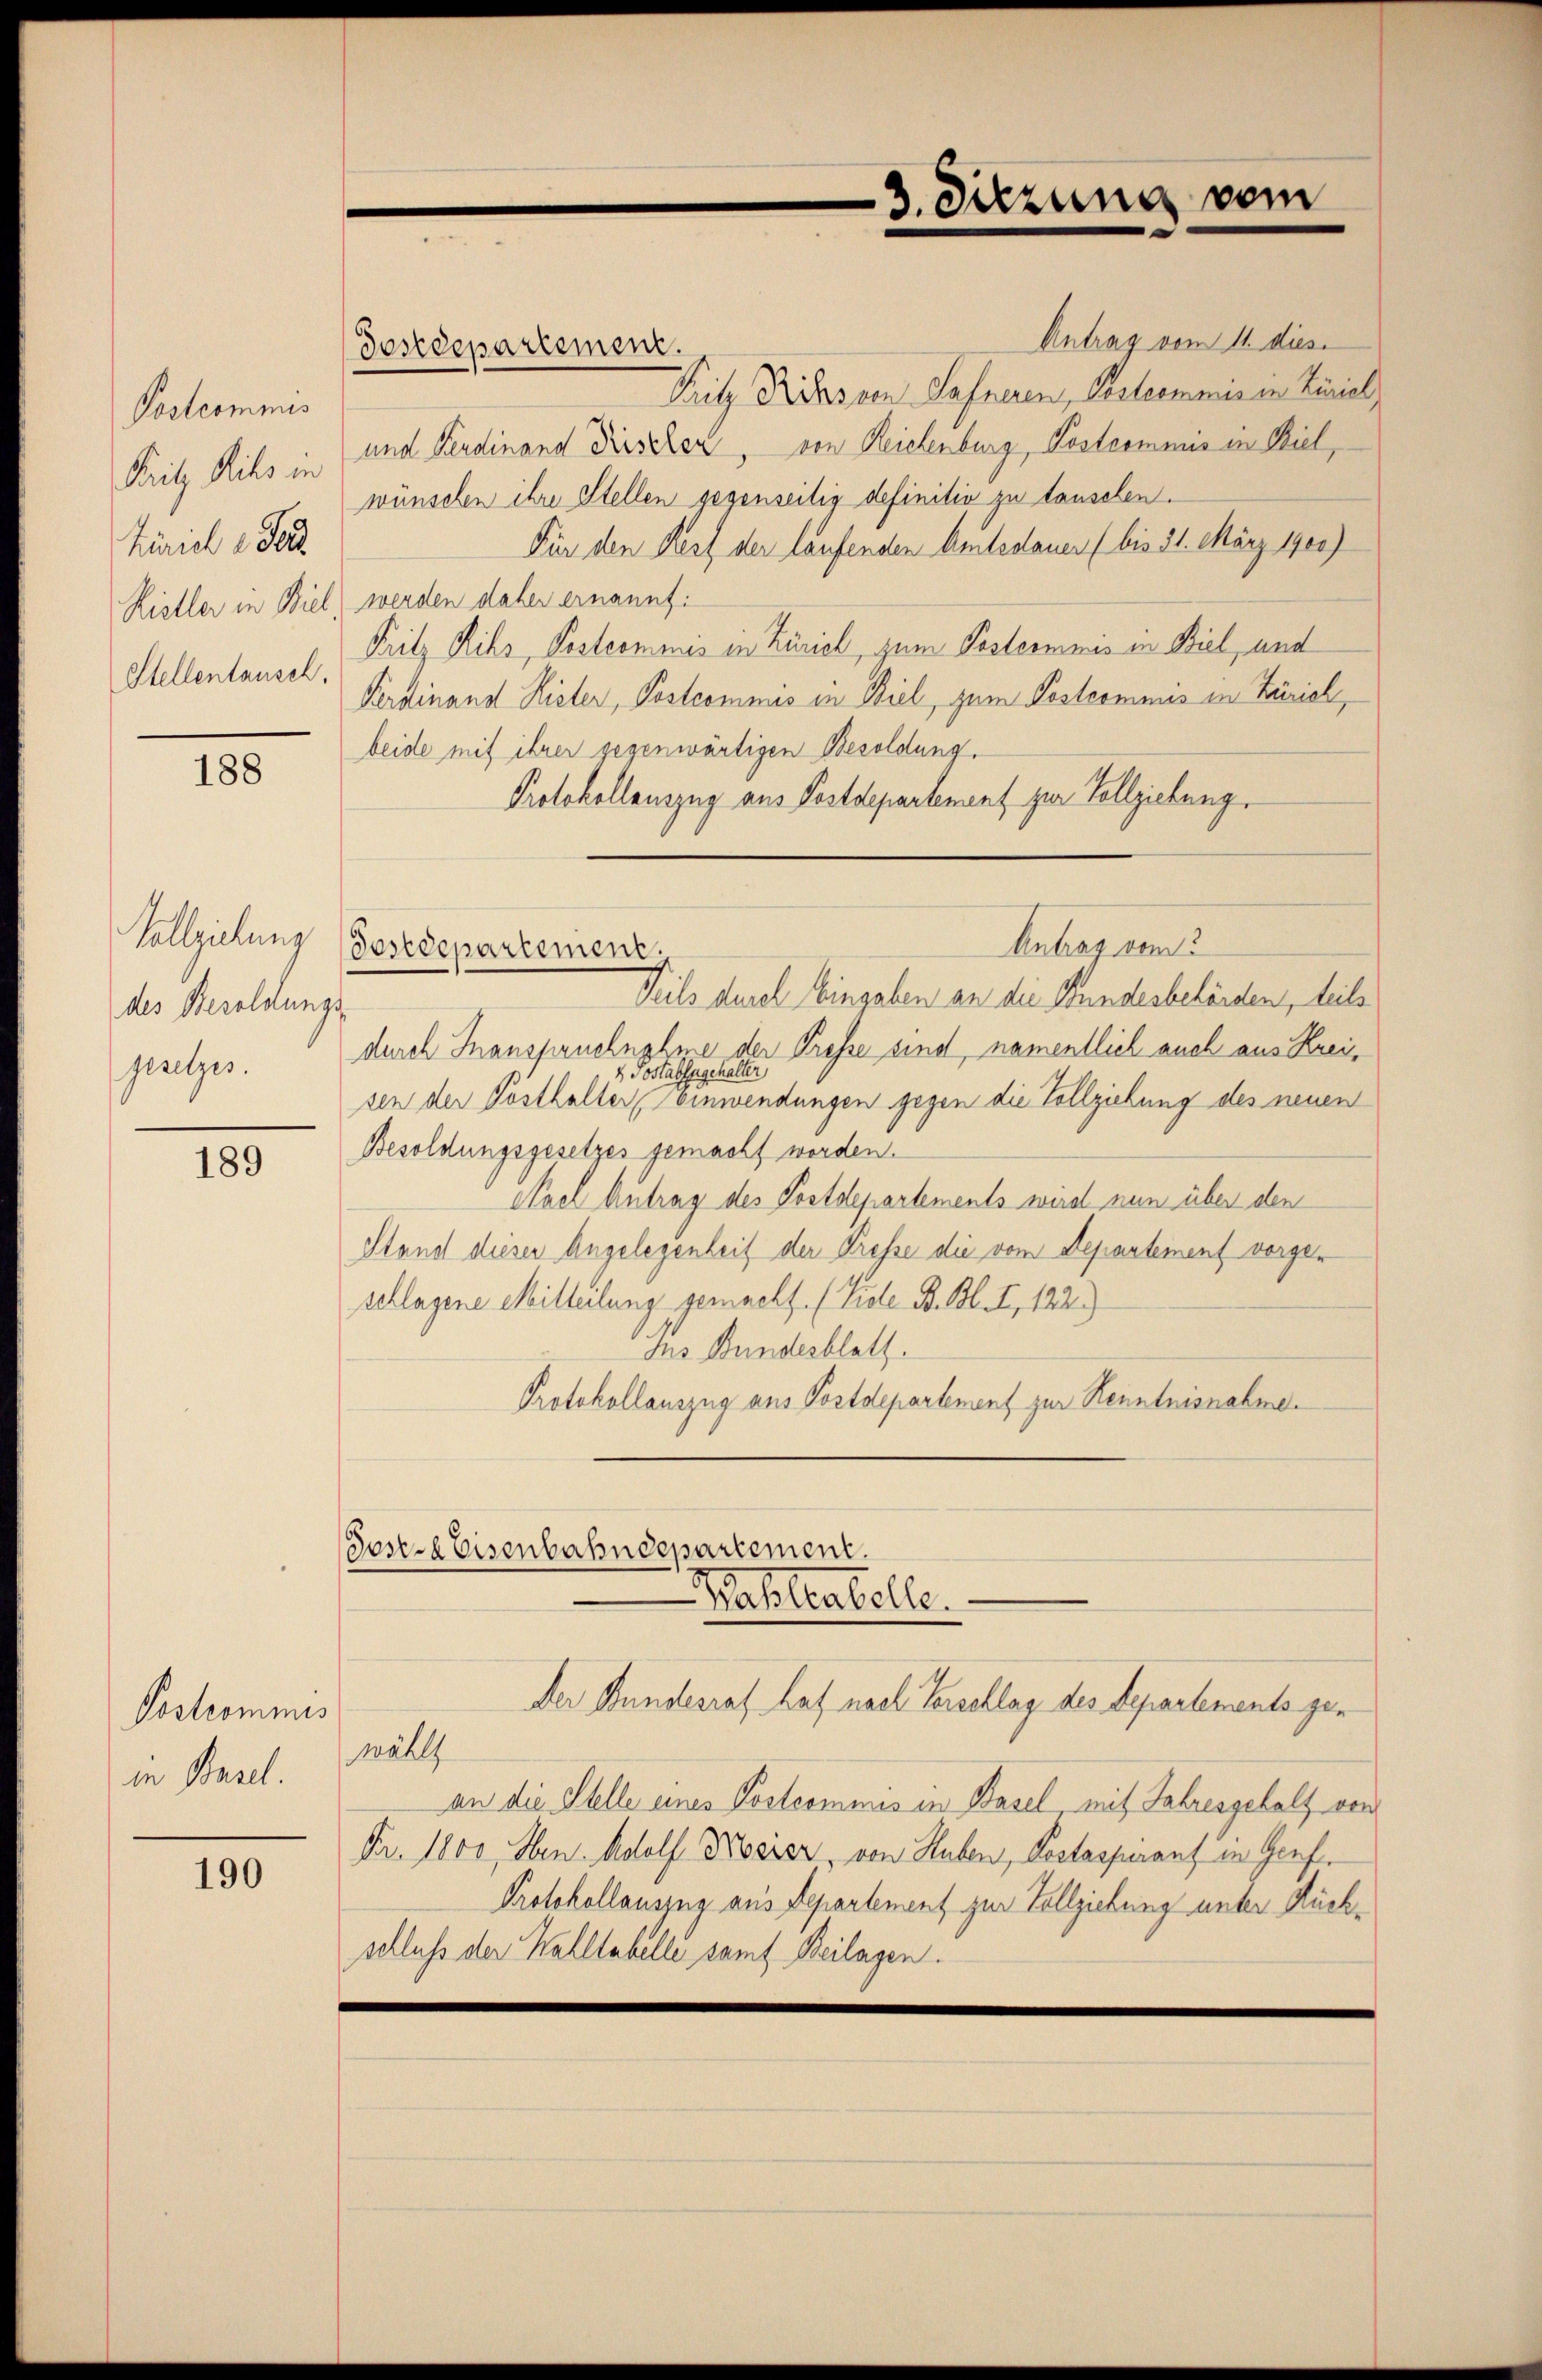
Postcommis
Pritz Rihs in
Kurial u. Par
Rieller in Biel
Stellentausch.

188

Vollziehung
des Besoldungs-
gesetzes.

189

Postrommis
in Basel.

190

desdepartement.

Antrag vom 11. dies
Pritz Rissen Sahneren, Adleemmnis in Liniel
und Ferdinand Kirscher, von Reichenburg, Postcommis in Biel,
wünschen ihre Stellen gegenseitig definitiv zu tauschen.
Für den Rest der laufenden Amtsdauer (bis 31. März 1900)
werden daher ernannt:
Fritz Rihs, Postcommis in Zürich, zum Postermines in Biel, und
Ferdinand Kister, Postcommis in Biel, zum Postcommis in Zürich,
beide mit ihrer gegenwärtigen Besoldung.
Protokollauszug aus Postdepartement zur Vollziehung.
Antrag vom 3
desedepartement.
Teils durch Eingaben an die Bundesbehörden, teils
durch Inanspruchnahme der Presse sind, namentlich auch aus Krei¬
4. Postabsagehalter
sen der Posthalter einwendungen gegen die Vollziehung des neuen
Besoldungsgesetzes gemacht worden.
Nael Antrag des Postdepartements wird nun über den
Stand dieser Angelegenheit der Presse die vom Departement vorgeschlagene Mitteilung gemacht. (Tide B. Bl. I, 122.)
Ins Bundesblatt.
Protokollauszug aus Postdepartement zur Kenntnisnahme.

Joser Eisenbahndepartement.
Waltabelle.

Der Bundesrat hat nach Vorschlag des Departements gewählt
an die Stelle eines Postcommis in Basel mit Jahresgehalt von
Fr. 1800, Hrn. Adolf Keser, von Huben, Postasperauf in Genf.
Protokollauszug aus Departement zur Vollziehung unter Rückschluß der Kalltabelle samt Beilagen.

3. Sitzung vom